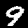
Digit: 9